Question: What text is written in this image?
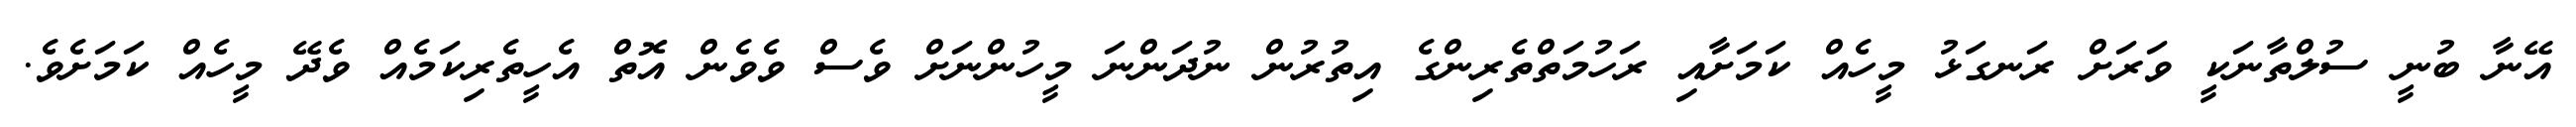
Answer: އޭނާ ބުނީ ސުލްތާނަކީ ވަރަށް ރަނގަޅު މީހެއް ކަމަށާއި ރަހުމަތްތެރިންގެ އިތުރުން ނުދަންނަ މީހުންނަށް ވެސް ވެވެން އޮތް އެހީތެރިކަމެއް ވެދޭ މީހެއް ކަމަށެވެ.